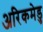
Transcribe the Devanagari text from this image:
अरिकमेडु